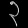
Digit: ၃